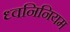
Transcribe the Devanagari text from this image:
ध्वनिनियम